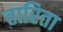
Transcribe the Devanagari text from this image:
तारिता